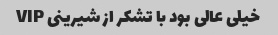
خیلی عالی بود با تشکر از شیرینی VIP